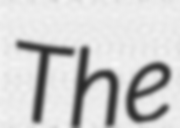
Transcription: The